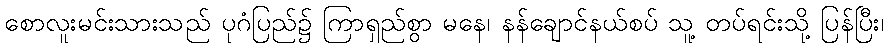
စောလူးမင်းသားသည် ပုဂံပြည်၌ ကြာရှည်စွာ မနေ၊ နန်ချောင်နယ်စပ် သူ့ တပ်ရင်းသို့ ပြန်ပြီး၊